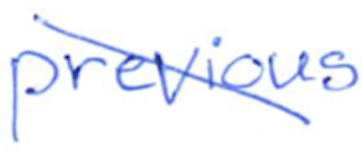
Text: previous
Cross-out: diagonal
Writing tool: ballpoint